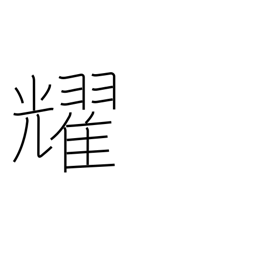
Meaning: sparkle